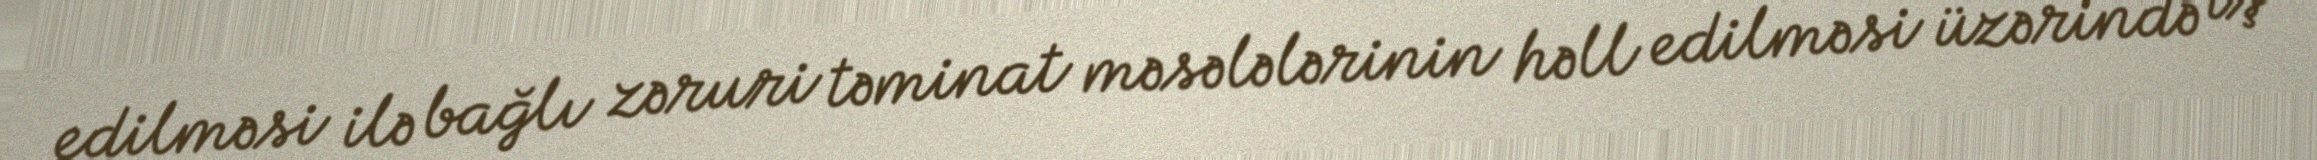
edilməsi ilə bağlı zəruri təminat məsələlərinin həll edilməsi üzərində iş